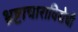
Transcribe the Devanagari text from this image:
भ्रष्टाचाराविरोधी